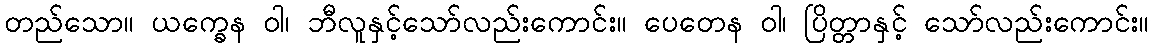
တည်သော။ ယက္ခေန ဝါ၊ ဘီလူနှင့်သော်လည်းကောင်း။ ပေတေန ဝါ၊ ပြိတ္တာနှင့် သော်လည်းကောင်း။